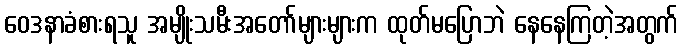
ဝေဒနာခံစားရသူ အမျိုးသမီးအတော်များများက ထုတ်မပြောဘဲ နေနေကြတဲ့အတွက်